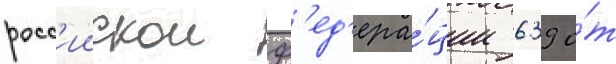
росс'иискои ф'ед'ера́ции 639 о́т